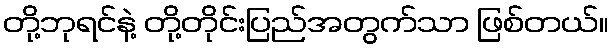
တို့ဘုရင်နဲ့ တို့တိုင်းပြည်အတွက်သာ ဖြစ်တယ်။